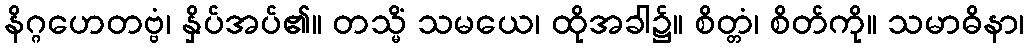
နိဂ္ဂဟေတဗ္ဗံ၊ နှိပ်အပ်၏။ တသ္မိံ သမယေ၊ ထိုအခါ၌။ စိတ္တံ၊ စိတ်ကို။ သမာဓိနာ၊